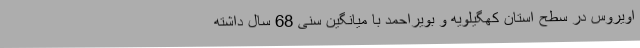
اویروس در سطح استان کهگیلویه و بویراحمد با میانگین سنی 68 سال داشته